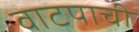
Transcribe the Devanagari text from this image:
वाटपाची